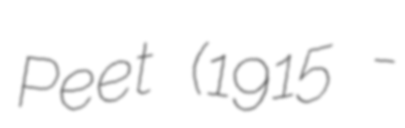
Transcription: Peet (1915 -